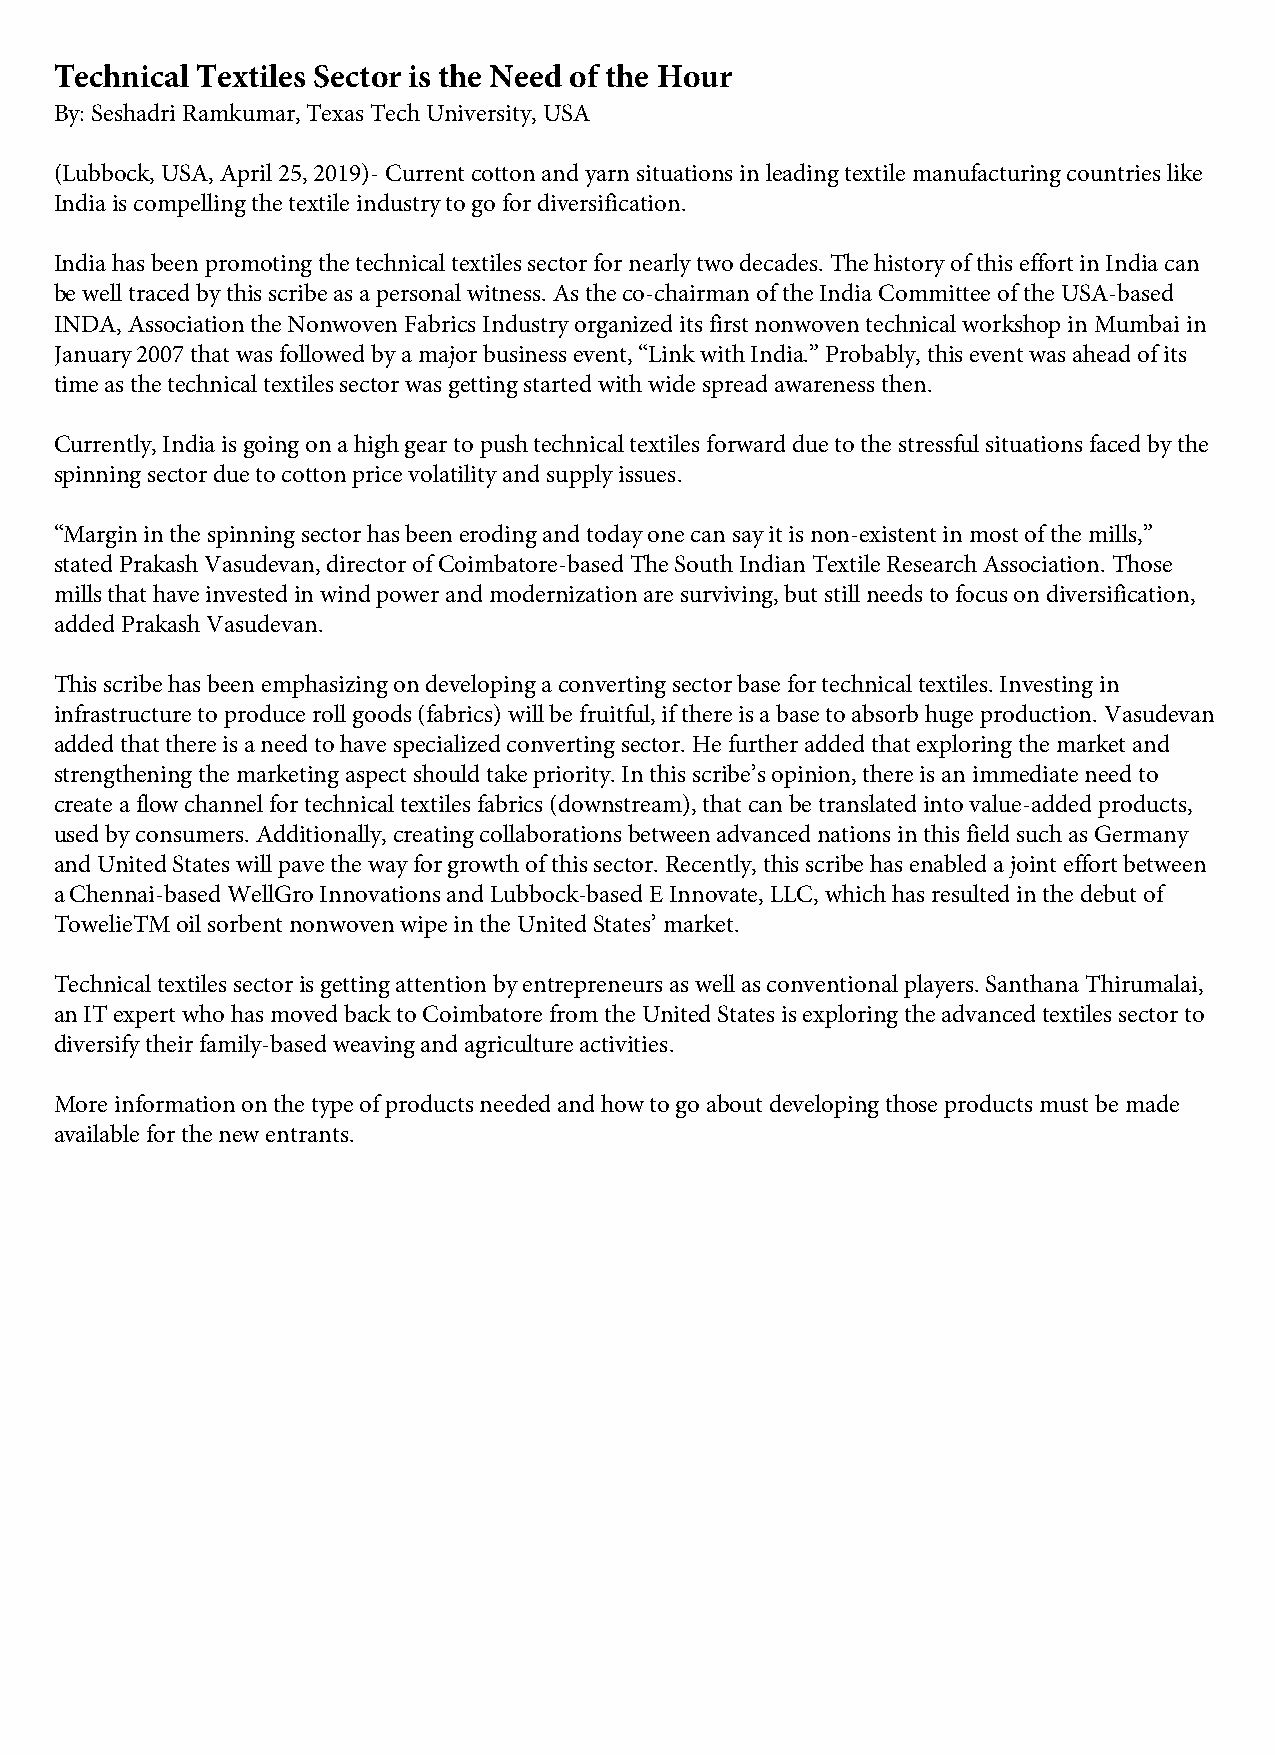
Technical Textiles Sector is the Need of the Hour
 By: Seshadri Ramkumar, Texas Tech University, USA
 (Lubbock, USA, April 25, 2019)- Current cotton and yarn situations in leading textile manufacturing countries like
 India is compelling the textile industry to go for diversification.
 India has been promoting the technical textiles sector for nearly two decades. The history of this effort in India can
 be well traced by this scribe as a personal witness. As the co-chairman of the India Committee of the USA-based
 INDA, Association the Nonwoven Fabrics Industry organized its first nonwoven technical workshop in Mumbai in
 January 2007 that was followed by a major business event, “Link with India.” Probably, this event was ahead of its
 time as the technical textiles sector was getting started with wide spread awareness then.
 Currently, India is going on a high gear to push technical textiles forward due to the stressful situations faced by the
 spinning sector due to cotton price volatility and supply issues.
 “Margin in the spinning sector has been eroding and today one can say it is non-existent in most of the mills,”
 stated Prakash Vasudevan, director of Coimbatore-based The South Indian Textile Research Association. Those
 mills that have invested in wind power and modernization are surviving, but still needs to focus on diversification,
 added Prakash Vasudevan.
 This scribe has been emphasizing on developing a converting sector base for technical textiles. Investing in
 infrastructure to produce roll goods (fabrics) will be fruitful, if there is a base to absorb huge production. Vasudevan
 added that there is a need to have specialized converting sector. He further added that exploring the market and
 strengthening the marketing aspect should take priority. In this scribe’s opinion, there is an immediate need to
 create a flow channel for technical textiles fabrics (downstream), that can be translated into value-added products,
 used by consumers. Additionally, creating collaborations between advanced nations in this field such as Germany
 and United States will pave the way for growth of this sector. Recently, this scribe has enabled a joint effort between
 a Chennai-based WellGro Innovations and Lubbock-based E Innovate, LLC, which has resulted in the debut of
 TowelieTM oil sorbent nonwoven wipe in the United States’ market.
 Technical textiles sector is getting attention by entrepreneurs as well as conventional players. Santhana Thirumalai,
 an IT expert who has moved back to Coimbatore from the United States is exploring the advanced textiles sector to
 diversify their family-based weaving and agriculture activities.
 More information on the type of products needed and how to go about developing those products must be made
 available for the new entrants.